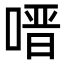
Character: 𭉟